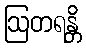
ဩတရန္တိ